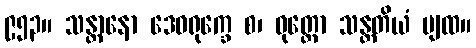
၉၅၃။ သန္တာနော ဒေဝရုက္ခေ စ၊ ဝုတ္တော သန္တတိယံ ပျထ။